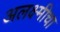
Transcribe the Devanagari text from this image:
अलक्ष्मीचा